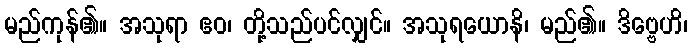
မည်ကုန်၏။ အသုရာ ဧဝ၊ တို့သည်ပင်လျှင်။ အသုရယောနိ၊ မည်၏။ ဒိဗ္ဗေဟိ၊